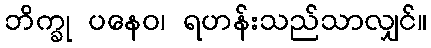
ဘိက္ခု ပနေဝ၊ ရဟန်းသည်သာလျှင်။